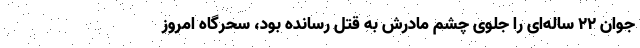
جوان ۲۲ ساله‌ای را جلوی چشم مادرش به قتل رسانده بود، سحرگاه امروز